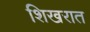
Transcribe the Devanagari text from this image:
शिखरात